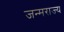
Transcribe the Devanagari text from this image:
जन्मराज्य